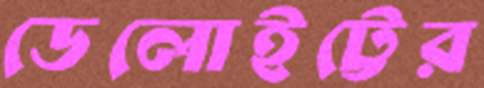
ডেলোইট্টের